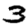
Digit: 3